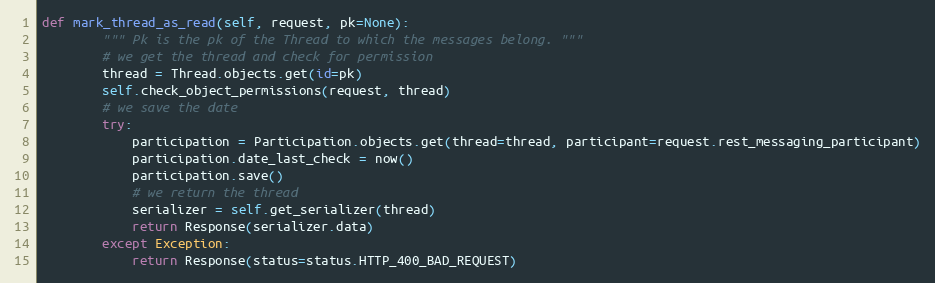
Language: Python
def mark_thread_as_read(self, request, pk=None):
        """ Pk is the pk of the Thread to which the messages belong. """
        # we get the thread and check for permission
        thread = Thread.objects.get(id=pk)
        self.check_object_permissions(request, thread)
        # we save the date
        try:
            participation = Participation.objects.get(thread=thread, participant=request.rest_messaging_participant)
            participation.date_last_check = now()
            participation.save()
            # we return the thread
            serializer = self.get_serializer(thread)
            return Response(serializer.data)
        except Exception:
            return Response(status=status.HTTP_400_BAD_REQUEST)